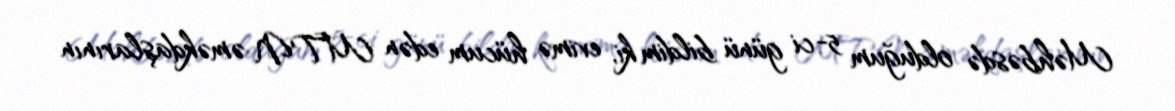
Məhbəsdə olduğum 5-ci günü bildim ki, evimə hücum edən MTN əməkdaşlarının